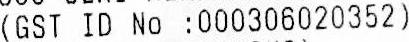
(GST ID NO :000306020352)